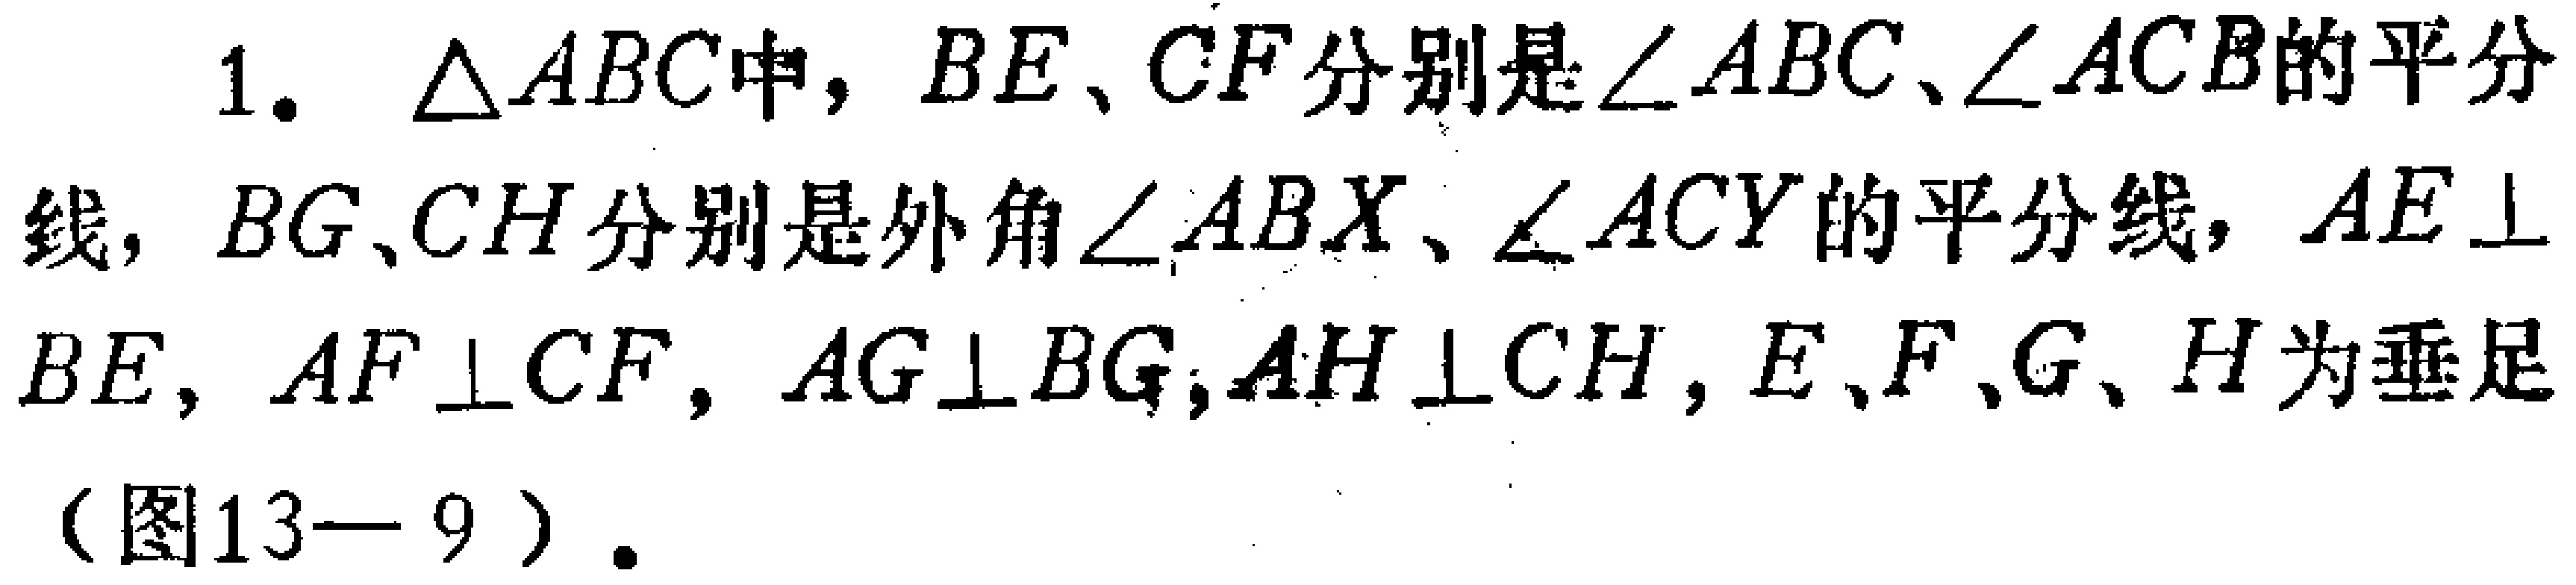
1. $\triangle ABC$中，$BE$、$CF$分别是$\angle ABC$、$\angle ACB$的平分线，$BG$、$CH$分别是外角$\angle ABX$、$\angle ACY$的平分线，$AE\perp BE$，$AF\perp CF$，$AG\perp BG$，$AH\perp CH$，$E$、$F$、$G$、$H$为垂足（图13—9）.